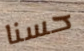
حسنا